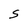
Character: S